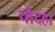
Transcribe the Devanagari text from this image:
चौदहा